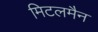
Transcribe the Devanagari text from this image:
मिटलमैन